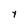
Character: Y